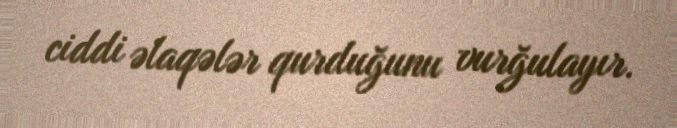
ciddi əlaqələr qurduğunu vurğulayır.